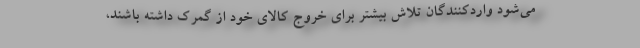
می‌شود واردکنندگان تلاش بیشتر برای خروج کالای خود از گمرک داشته باشند،